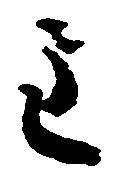
主